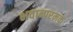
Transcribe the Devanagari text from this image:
भवान्परमकं